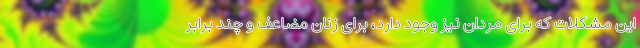
این مشکلات که برای مردان نیز وجود دارد، برای زنان مضاعف و چند برابر